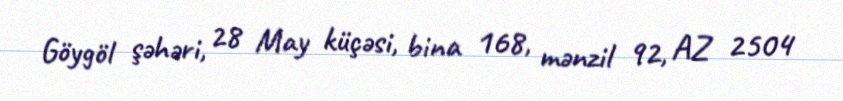
Göygöl şəhəri, 28 May küçəsi, bina 168, mənzil 92, AZ 2504